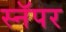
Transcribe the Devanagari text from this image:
स्नॅपर